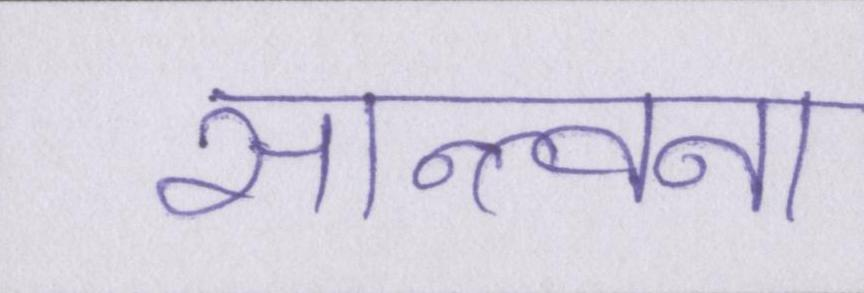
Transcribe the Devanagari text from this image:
सान्त्वना